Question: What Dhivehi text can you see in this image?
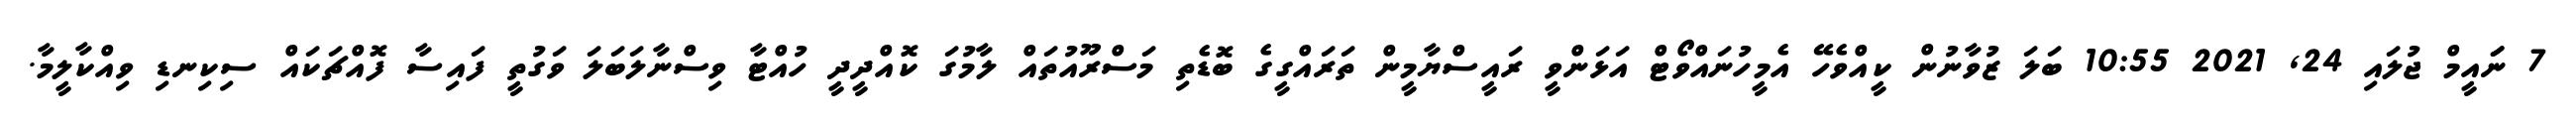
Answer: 7 ނަައީމް ޖުލައި 24, 2021 10:55 ބަލަ ޒުވާނުން ކީއްވެހޭ އެމީހުނައްވޯޓް އަޅަންވީ ރައީސްޔާމީން ތަރައްގީގެ ބޮޑެތި މަސްރޫއުތައް ލާމުގަ ކޮއްދީދީ ހުއްޓާ ވިސްނާލަބަލަ ވަގުތީ ފައިސާ ފޮއްޗަކައް ސިކިނޑި ވިއްކާލީމާ.